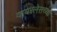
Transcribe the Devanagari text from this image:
वायरलेसच्या